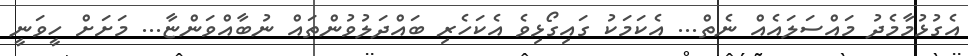
އެގުޅުމާމެދު މައްސަލައެއް ނެތް... އެކަމަކު ގައިގޯޅިވެ އެކަހެރި ބައްދަލުވުންތައް ނުބާއްވަންޏާ... މަށަށް ހީވަނީ